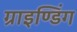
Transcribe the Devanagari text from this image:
ग्राइण्डिंग